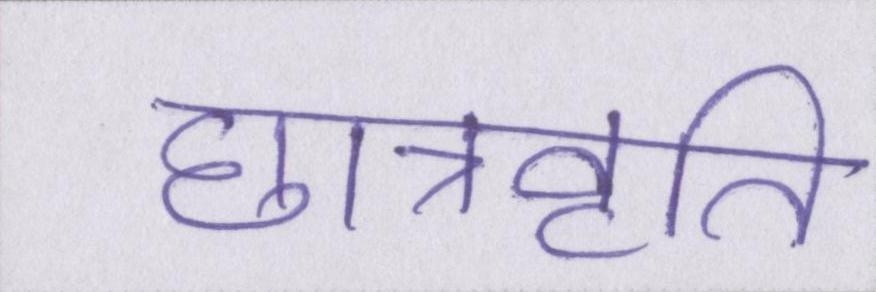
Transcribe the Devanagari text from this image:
छात्रवृति